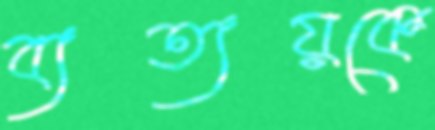
ব্যত্যয়কে